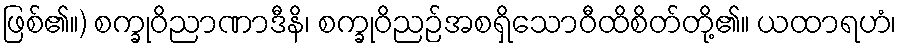
ဖြစ်၏။) စက္ခုဝိညာဏာဒီနိ၊ စက္ခုဝိညဉ်အစရှိသောဝီထိစိတ်တို့၏။ ယထာရဟံ၊